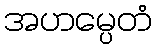
အဟမ္ပေတံ